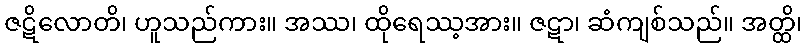
ဇဋိလောတိ၊ ဟူသည်ကား။ အဿ၊ ထိုရေဿ့အား။ ဇဋာ၊ ဆံကျစ်သည်။ အတ္ထိ၊